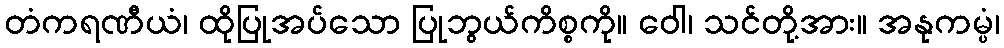
တံကရဏီယံ၊ ထိုပြုအပ်သော ပြုဘွယ်ကိစ္စကို။ ဝေါ၊ သင်တို့အား။ အနုကမ္ပံ၊